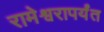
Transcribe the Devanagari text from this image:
रामेश्वरापर्यंत